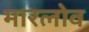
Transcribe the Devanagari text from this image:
मारलोव